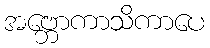
အဗ္ဘောကာသိကာပေ